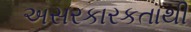
અસરકારકતાથી